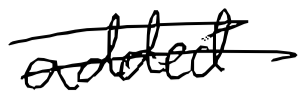
Text: added
Cross-out: mix
Writing tool: digital_black